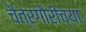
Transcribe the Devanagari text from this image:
चैत्रगौरीच्या